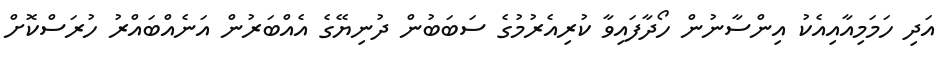
އަދި ހަމަމިއާއިއެކު އިންސާނުން ހޯދާފައިވާ ކުރިއެރުމުގެ ސަބަބުން ދުނިޔޭގެ އެއްބަރުން އަނެއްބައްރު ހުރަސްކޮށް